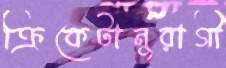
ক্রিকেটানুরাগী